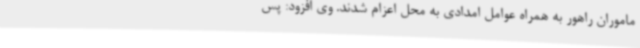
ماموران راهور به همراه عوامل امدادی به محل اعزام شدند. وی افزود: پس